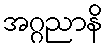
အဂ္ဂညာနိ